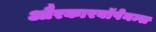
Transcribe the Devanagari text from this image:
औरकारबॉपेनम्स